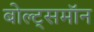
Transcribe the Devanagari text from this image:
बोल्ट्समॉन